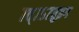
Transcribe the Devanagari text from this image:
७त्७५७तुइग